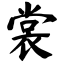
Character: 裳